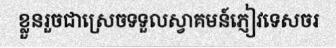
ខ្លួនរួចជាស្រេចទទួលស្វាគមន៍ភ្ញៀវទេសចរ